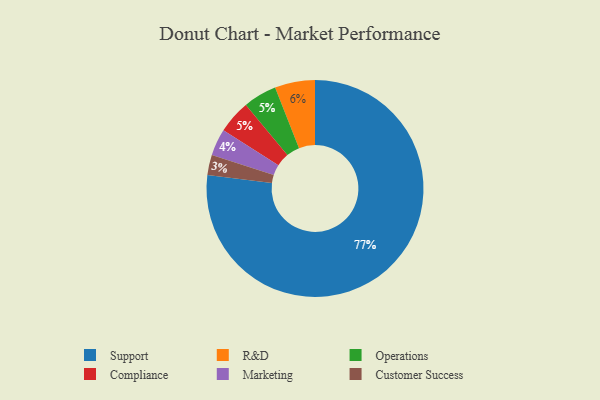
{"axis": {"x": "Category", "y": "Percentage"}, "legend": ["Compliance", "Customer Success", "Marketing", "Operations", "R&D", "Support"], "data": [{"x": "Customer Success", "y": 3, "type": "Customer Success"}, {"x": "Operations", "y": 5, "type": "Operations"}, {"x": "Marketing", "y": 4, "type": "Marketing"}, {"x": "Compliance", "y": 5, "type": "Compliance"}, {"x": "R&D", "y": 6, "type": "R&D"}, {"x": "Support", "y": 77, "type": "Support"}]}